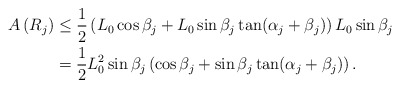
\begin{align*} A\left(R_j\right)& \leq \frac{1}{2}\left(L_0 \cos \beta_j + L_0 \sin\beta_j\tan(\alpha_j + \beta_j)\right)L_0\sin\beta_j \\ &= \frac{1}{2}L_0^2\sin\beta_j \left(\cos \beta_j + \sin\beta_j\tan(\alpha_j + \beta_j)\right). \end{align*}